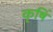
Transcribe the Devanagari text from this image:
कृषिं